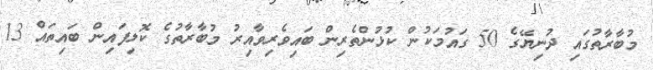
މުބާރާތުގައި ދުނިޔޭގެ 50 ގައުމަކުން ކުޅުންތެރިން ބައިވެރިވާއިރު މުބާރާތުގެ ކޮލިފައިން ބައިތައް 13